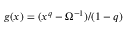
g ( x ) = ( x ^ { q } - \Omega ^ { - 1 } ) / ( 1 - q )